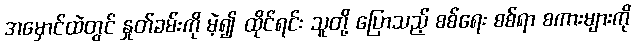
အမှောင်ထဲတွင် နှုတ်ခမ်းကို မဲ့၍ ထိုင်ရင်း သူတို့ ပြောသည့် စစ်ရေး စစ်ရာ စကားများကို